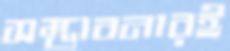
সম্ভাবনারই